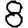
Digit: 8